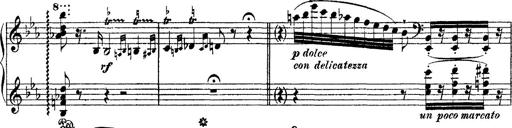
Title: Ã‰tudes d'exÃ©cution transcendante d'aprÃ¨s Paganini
Composer: Franz Liszt